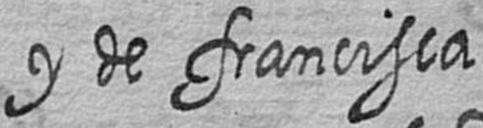
y de francisca